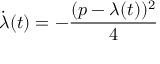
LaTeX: { \dot { \lambda } } ( t ) = - { \frac { ( p - \lambda ( t ) ) ^ { 2 } } { 4 } }